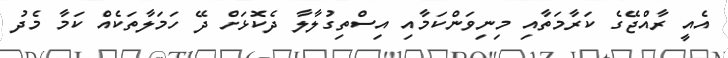
އެއީ ރާއްޖޭގެ ކަރާމަތާއި މިނިވަންކަމާއި އިސްތިގުލާލާ ދެކޮޅަށް ދޭ ހަމަލާތަކެއް ކަމާ މެދު